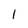
Character: l